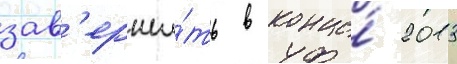
зав'ерши́ть в конце́ 2013